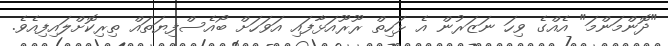
"ދޮންމަންމަ" އެއްގެ ވިހަ ނަޒަރުން އެ ޅަހިތް ރޫރޫއަޅާފައި އަވަހަށް ބޯއެސްފިޔަތައް ތިރިކޮށްލައިފިއެވެ.